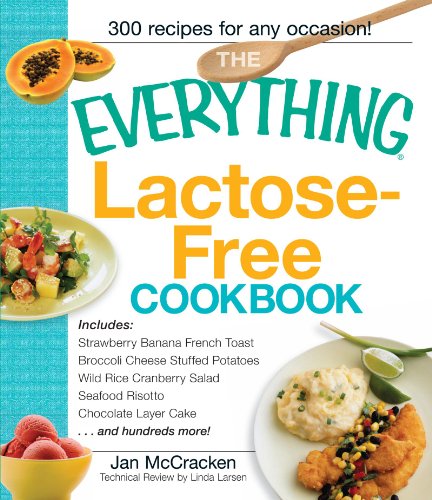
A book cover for The Everything Lactose Free Cookbook: Easy-to-prepare, low-dairy alternatives for your favorite meals; Jan McCracken; Health, Fitness & Dieting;